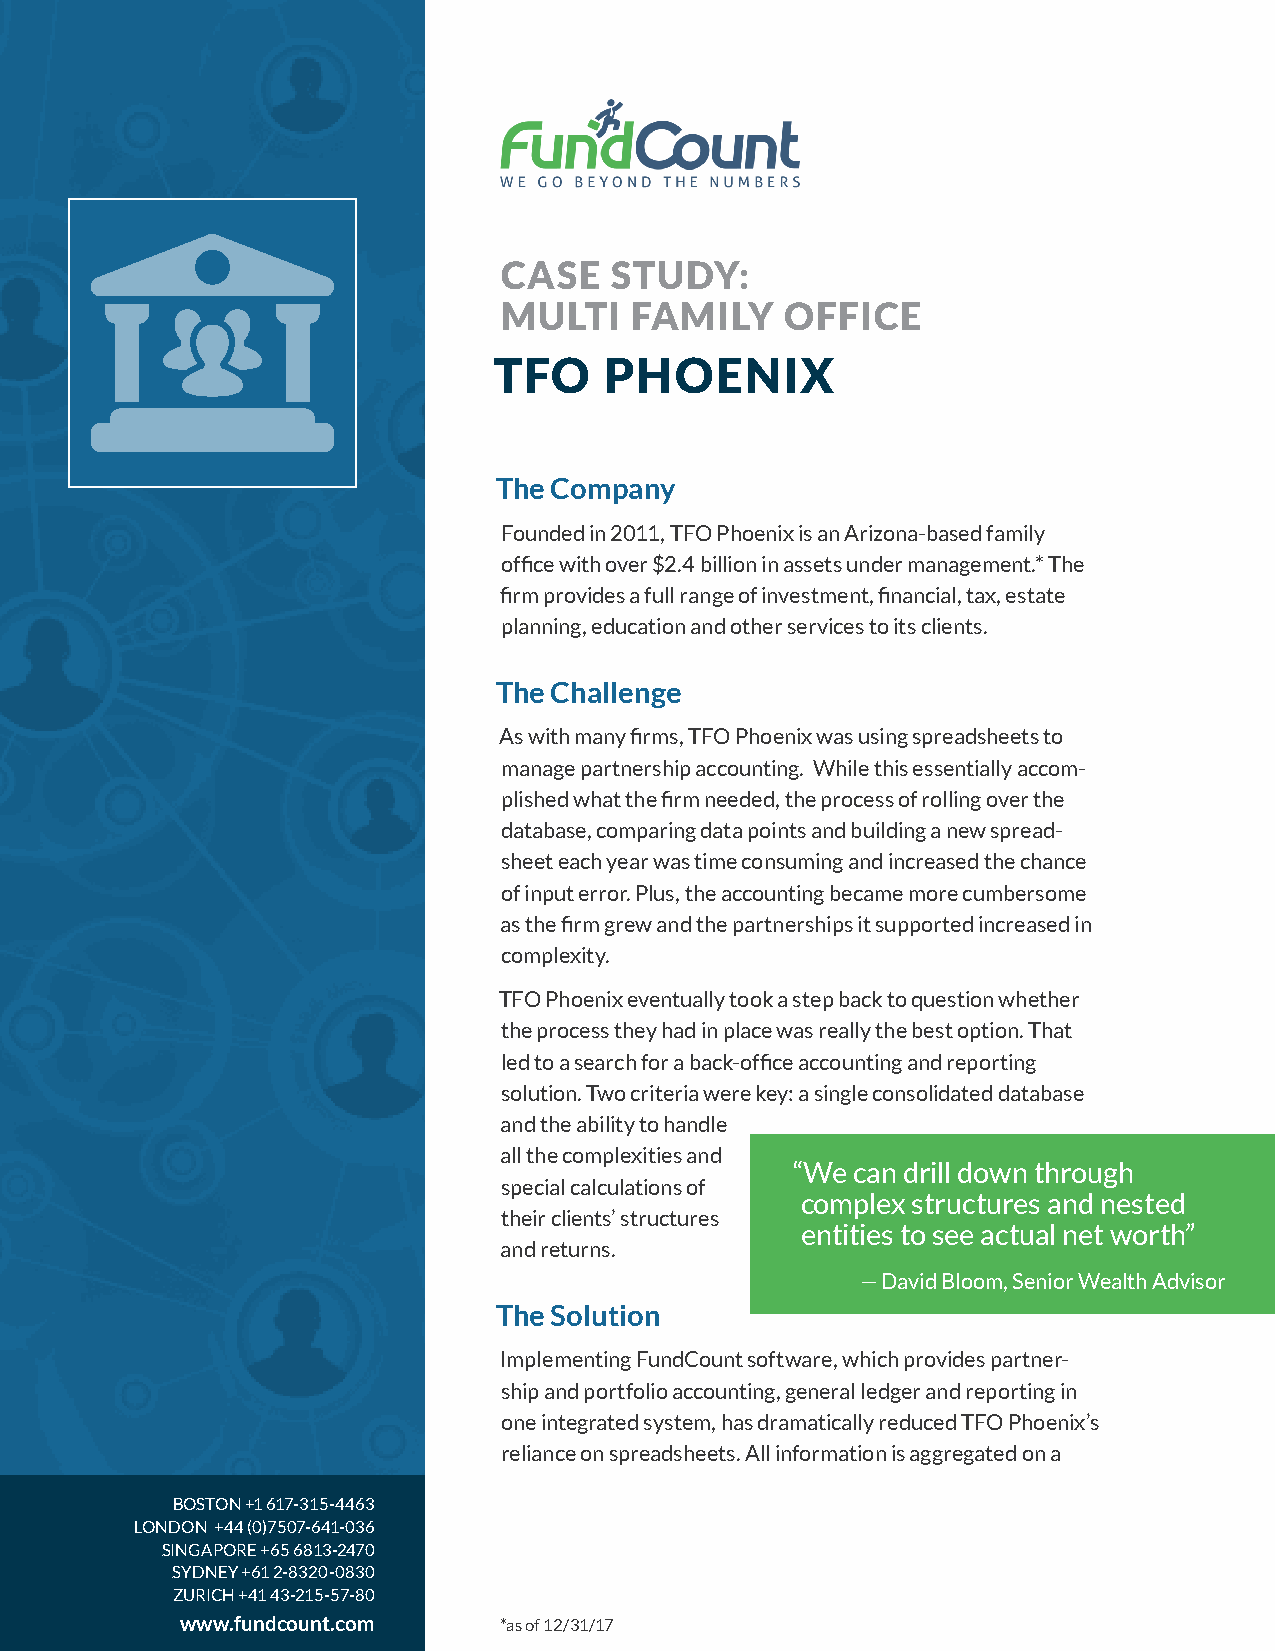
CASE   STUDY:
 MULTI    FAMILY    OFFICE
 TFO    PHOENIX
 The Company
 Founded in 2011, TFO Phoenix is an Arizona-based family
 office with over $2.4 billion in assets under management.* The
 firm provides a full range of investment, financial, tax, estate
 planning, education and other services to its clients.
 The Challenge
 As with many firms, TFO Phoenix was using spreadsheets to
 manage partnership accounting. While this essentially accom-
 plished what the firm needed, the process of rolling over the
 database, comparing data points and building a new spread-
 sheet each year was time consuming and increased the chance
 of input error. Plus, the accounting became more cumbersome
 as the firm grew and the partnerships it supported increased in
 complexity.
 TFO Phoenix eventually took a step back to question whether
 the process they had in place was really the best option. That
 led to a search for a back-office accounting and reporting
 solution. Two criteria were key: a single consolidated database
 and the ability to handle
 all the complexities and
 “We can drill down through
 special calculations of
 complex structures and nested
 their clients’ structures
 entities to see actual net worth”
 and returns.
 — David Bloom, Senior Wealth Advisor
 The Solution
 Implementing FundCount software, which provides partner-
 ship and portfolio accounting, general ledger and reporting in
 one integrated system, has dramatically reduced TFO Phoenix’s
 reliance on spreadsheets. All information is aggregated on a
 BOSTON +1 617-315-4463
 LONDON +44 (0)7507-641-036
 SINGAPORE +65 6813-2470
 SYDNEY +61 2-8320-0830
 ZURICH +41 43-215-57-80
 www.fundcount.com    *as of 12/31/17